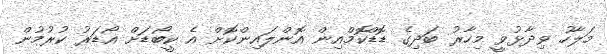
މަލާހު ވިދާޅުވީ މިހާރު ބަދިގެ ޑޮޑްކޮމްއިން އޮންލައިންކޮށް އެ ކީބޯޑަށް އޯޑަރު ކުރުމުން